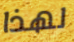
لهذا